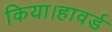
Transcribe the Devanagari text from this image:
किया।हावर्ड